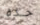
حده